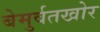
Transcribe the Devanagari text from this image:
बेमुर्वतखोर